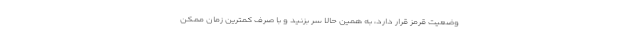
وضعیت قرمز قرار دارد، به همین حالا سر بزنید و با صرف کمترین زمان ممکن